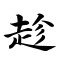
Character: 趁